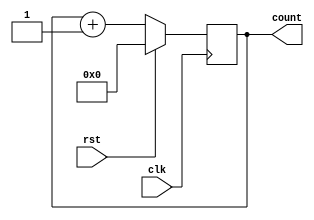
/* parameterized design :: an N-bit counter */
`timescale 1ns / 1ps

module example7_Nbit_counter( clk, rst, count   );
    parameter N=7;
    input clk, rst;
    output reg[N:0] count;
    always@(negedge clk)
        if(rst) count<=0;
        else count<=count+1;
endmodule